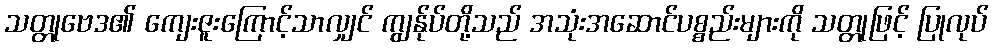
သတ္တုဗေဒ၏ ကျေးဇူးကြောင့်သာလျှင် ကျွန်ုပ်တို့သည် အသုံးအဆောင်ပစ္စည်းများကို သတ္တုဖြင့် ပြုလုပ်